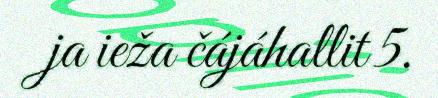
ja ieža čájáhallit 5.